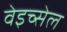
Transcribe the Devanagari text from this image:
वेइच्सेल